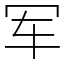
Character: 军